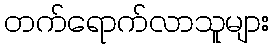
တက်ရောက်လာသူများ